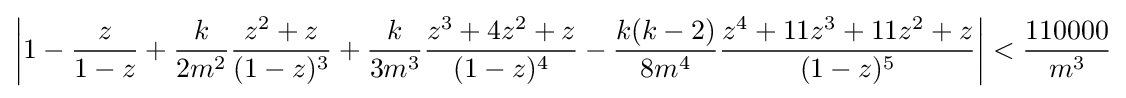
\left\vert 1-{\frac {z}{1-z}}+{\frac {k}{2m^{2}}}{\frac {z^{2}+z}{(1-z)^{3}}}+{\frac {k}{3m^{3}}}{\frac {z^{3}+4z^{2}+z}{(1-z)^{4}}}-{\frac {k(k-2)}{8m^{4}}}{\frac {z^{4}+11z^{3}+11z^{2}+z}{(1-z)^{5}}}\right\vert <{\frac {110000}{m^{3}}}